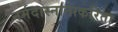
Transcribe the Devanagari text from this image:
नर्मदास्नानाकरिता